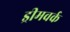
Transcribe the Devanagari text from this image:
ड्रीमवर्क